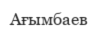
Ағымбаев